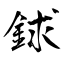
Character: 銶